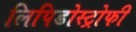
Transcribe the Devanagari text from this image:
लिपिडोस्ट्रोफी